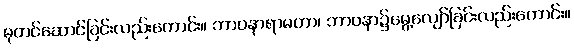
ဓုတင်ဆောင်ခြင်းလည်းကောင်း။ ဘာဝနာရာမတာ၊ ဘာဝနာ၌မွေ့လျော်ခြင်းလည်းကောင်း။